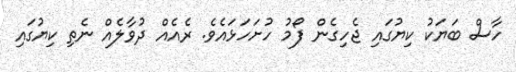
ހާސް ބަޔަކު ކިޔުގައި ޖެހިގެން ފޯމު ހުށަހަޅައެވެ. ރެއެއް ދުވާލެއް ނެތި ކިޔުގައި